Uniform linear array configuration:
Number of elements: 24
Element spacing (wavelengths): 0.5
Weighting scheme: binomial
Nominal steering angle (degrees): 30
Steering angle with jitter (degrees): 28.72
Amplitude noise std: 0.05
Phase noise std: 0.05

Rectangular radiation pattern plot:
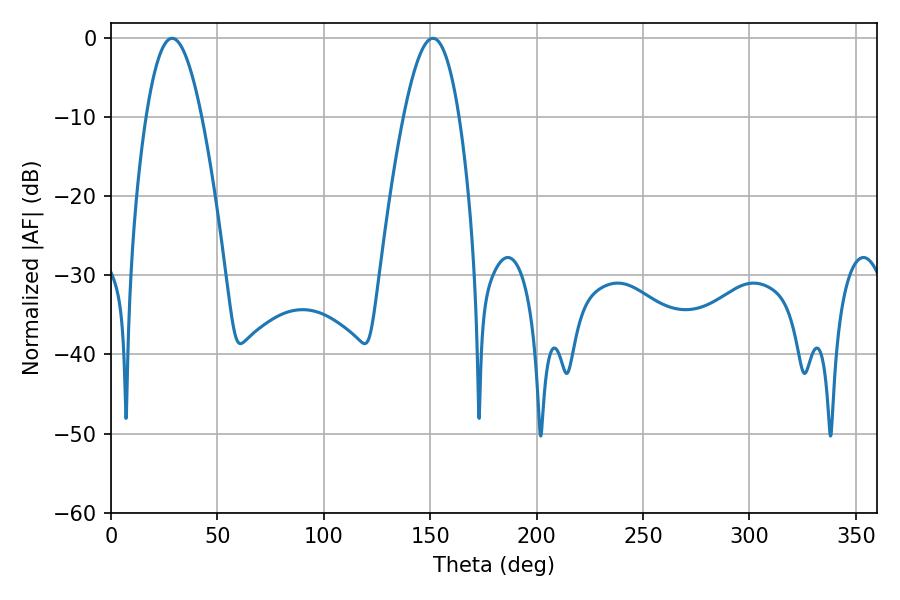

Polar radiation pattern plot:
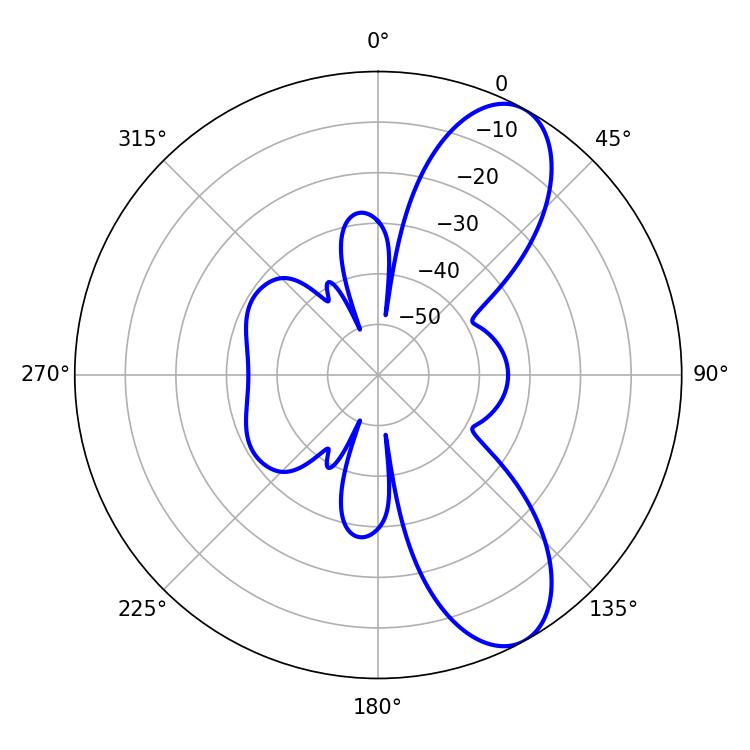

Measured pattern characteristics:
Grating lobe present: FALSE
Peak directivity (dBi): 8.876
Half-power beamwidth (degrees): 14.22
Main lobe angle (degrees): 28.8